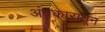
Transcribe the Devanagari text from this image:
अंधकारातून